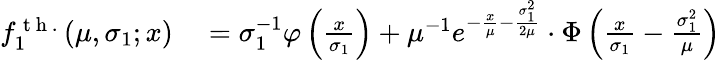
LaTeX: \begin{array}{rl}{f_{1}^{\mathrm{~t~h~.~}}(\mu,\sigma_{1};x)}&{{}=\sigma_{1}^{-1}\varphi\left(\frac x{\sigma_{1}}\right)+\mu^{-1}e^{-\frac x\mu-\frac{\sigma_{1}^{2}}{2\mu}}\cdot\Phi\left(\frac x{\sigma_{1}}-\frac{\sigma_{1}^{2}}{\mu}\right)}\end{array}